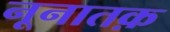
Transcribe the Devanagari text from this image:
नूनातक़